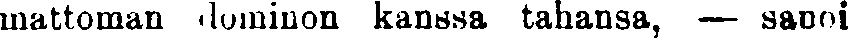
mattoman dominon kanssa tahansa, — sanoi